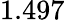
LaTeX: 1.497